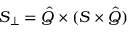
S _ { \perp } = \hat { Q } \times ( S \times \hat { Q } )